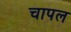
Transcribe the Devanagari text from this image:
चापल